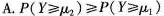
A.$$P ( Y ≥ μ _ { 2 } ) ≥ P ( Y ≥ μ _ { 1 } )$$